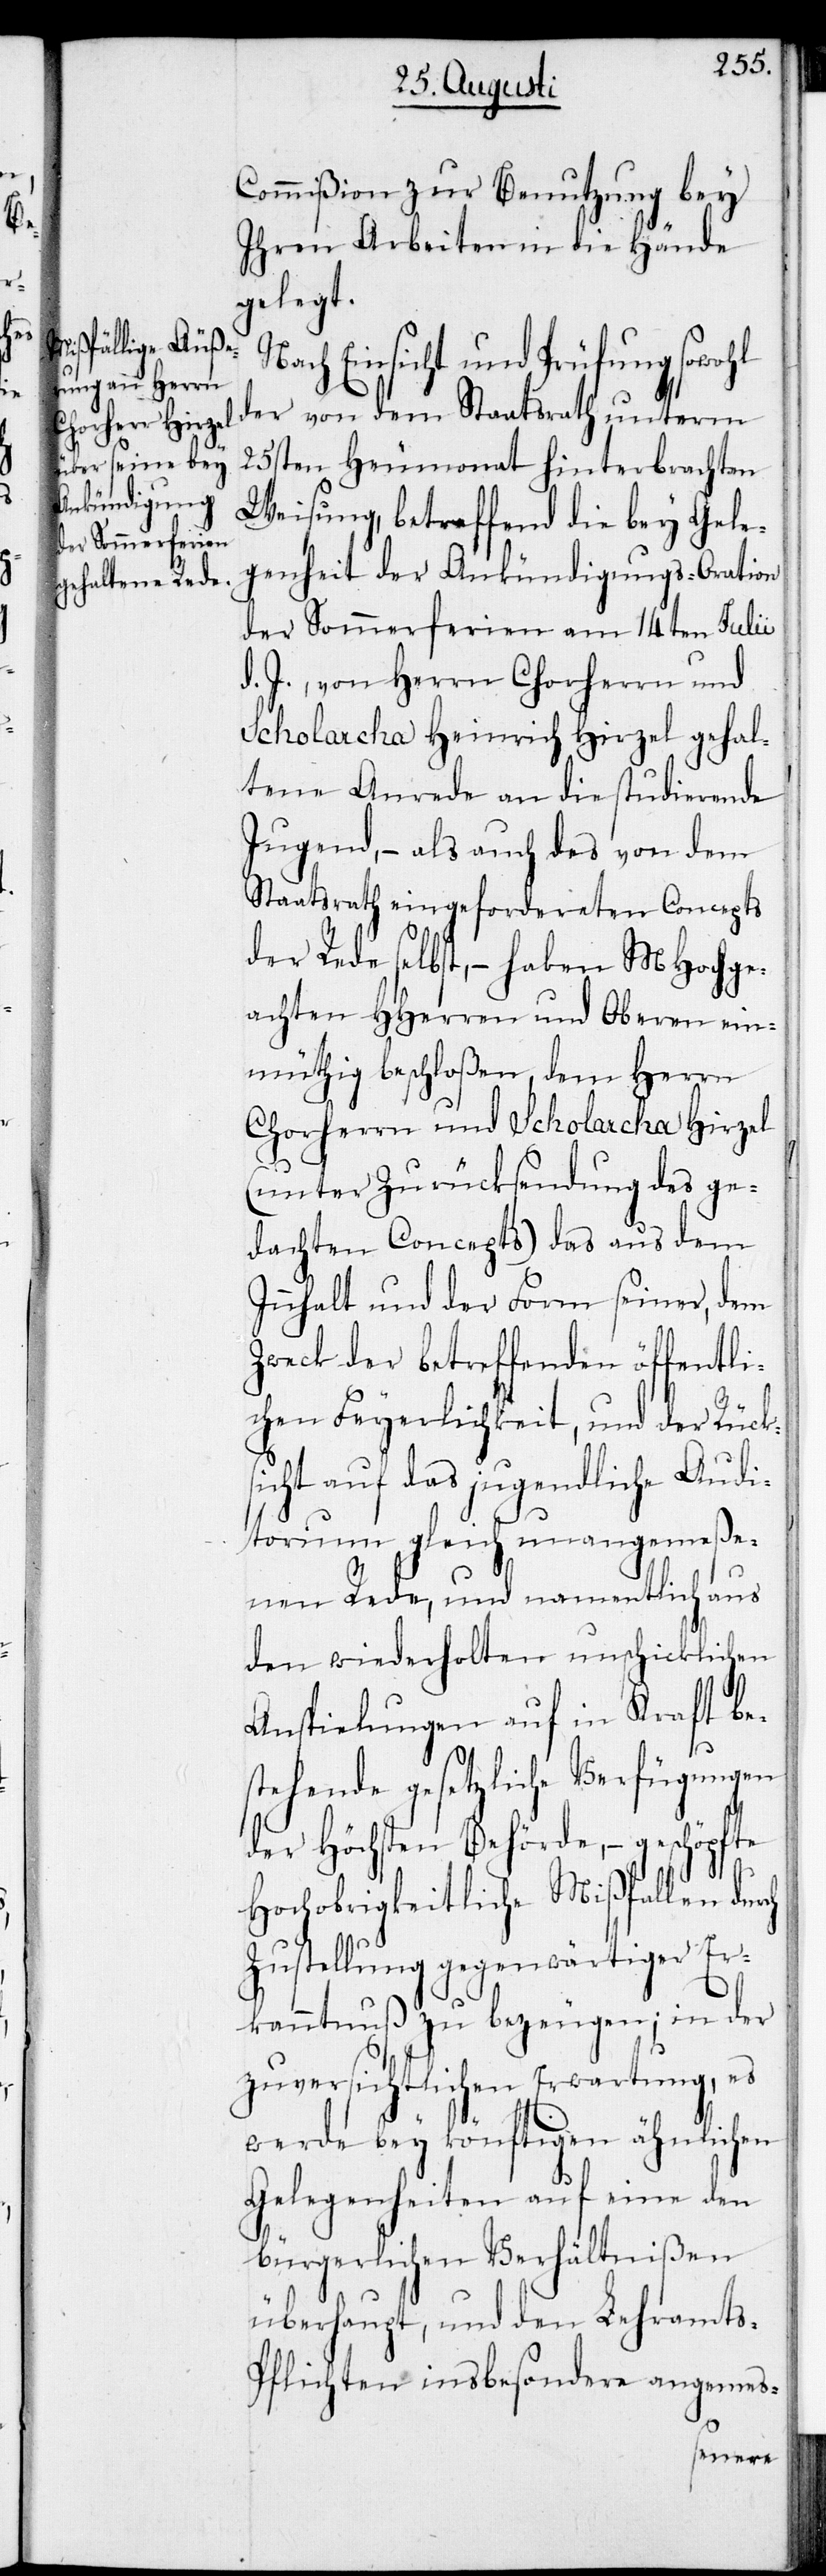
ch

Commißion zur Benutzung bey
Ihren Arbeiten in die Hände
gelegt.
Nach Einsicht und Prüfung sowohl
der von dem Staatsrath unterm
25sten Heumonat hinterbrachten
Weisung, betreffend die bey Gele¬
genheit der Ankündigungs-Oration
der Sommerferien am 14ten Julii
d. J., von Herrn Chorherrn und
Scholarcha Heinrich Hirzel gehal¬
tene Anrede an die studierende
Jugend, – als auch des von dem
Staatsrath eingefordereten Conzepts
der Rede selbst, – haben MHochge¬
achten HHerren und Oberen ein¬
müthig beschloßen, dem Herrn
Chorherrn und Scholarcha Hirzel
(unter Zurücksendung des ge¬
dachten Concepts) das aus dem
Innhalt und der Form seiner, dem
Zweck der betreffenden öffentli¬
chen Feyerlichkeit, und der Rück¬
sicht auf das jugendliche Audi¬
torium gleich unangemeße¬
nen Rede, und namentlich aus
den wiederholten unschicklichen
Anspielungen auf in Kraft be¬
stehende gesetzliche Verfügungen
der Höchsten Behörde, – geschöpfte
Hochobrigkeitliche Mißfallen dur¬
Zustellung gegenwärtiger Er¬
kanntnuß zu bezeugen; in der
zuversichtlichen Erwartung, es
werde bey könftigen ähnlichen
Gelegenheiten auf eine den
bürgerlichen Verhältnißen
überhaupt, und den Lehramt¬
s-Pflichten insbesondere angemes-